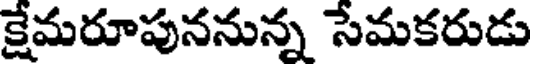
క్షేమరూపుననున్న సేమకరుడు